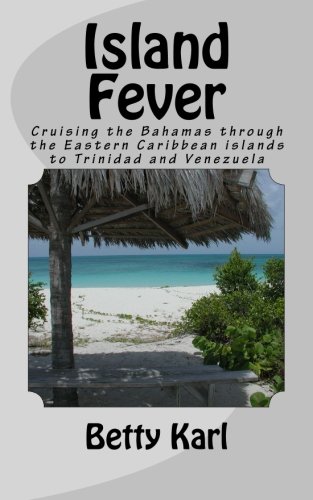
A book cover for Island Fever: Cruising the Bahamas through the Eastern Caribbean islands to Trinidad and Venezuela; Betty Karl; Travel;